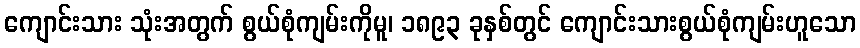
ကျောင်းသား သုံးအတွက် စွယ်စုံကျမ်းကိုမူ၊ ၁၈၉၃ ခုနှစ်တွင် ကျောင်းသားစွယ်စုံကျမ်းဟူသော